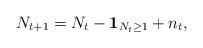
\begin{align*}N_{t+1} = N_t - \mathbf{1}_{N_t\ge1} + n_t,\end{align*}